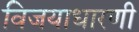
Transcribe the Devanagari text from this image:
विजयाधारणी